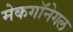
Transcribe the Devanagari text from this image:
मेकगॉनेगल